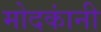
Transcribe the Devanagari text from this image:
मोदकांनी